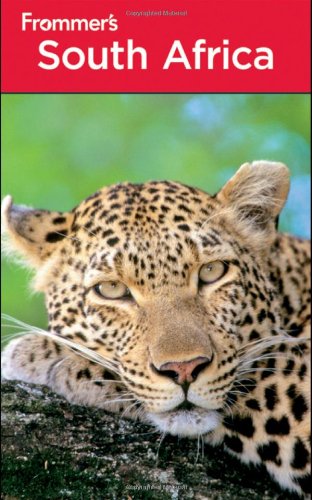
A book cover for Frommer's South Africa (Frommer's Complete Guides); Pippa de Bruyn; Travel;